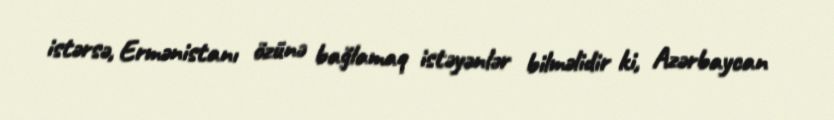
istərsə, Ermənistanı özünə bağlamaq istəyənlər bilməlidir ki, Azərbaycan